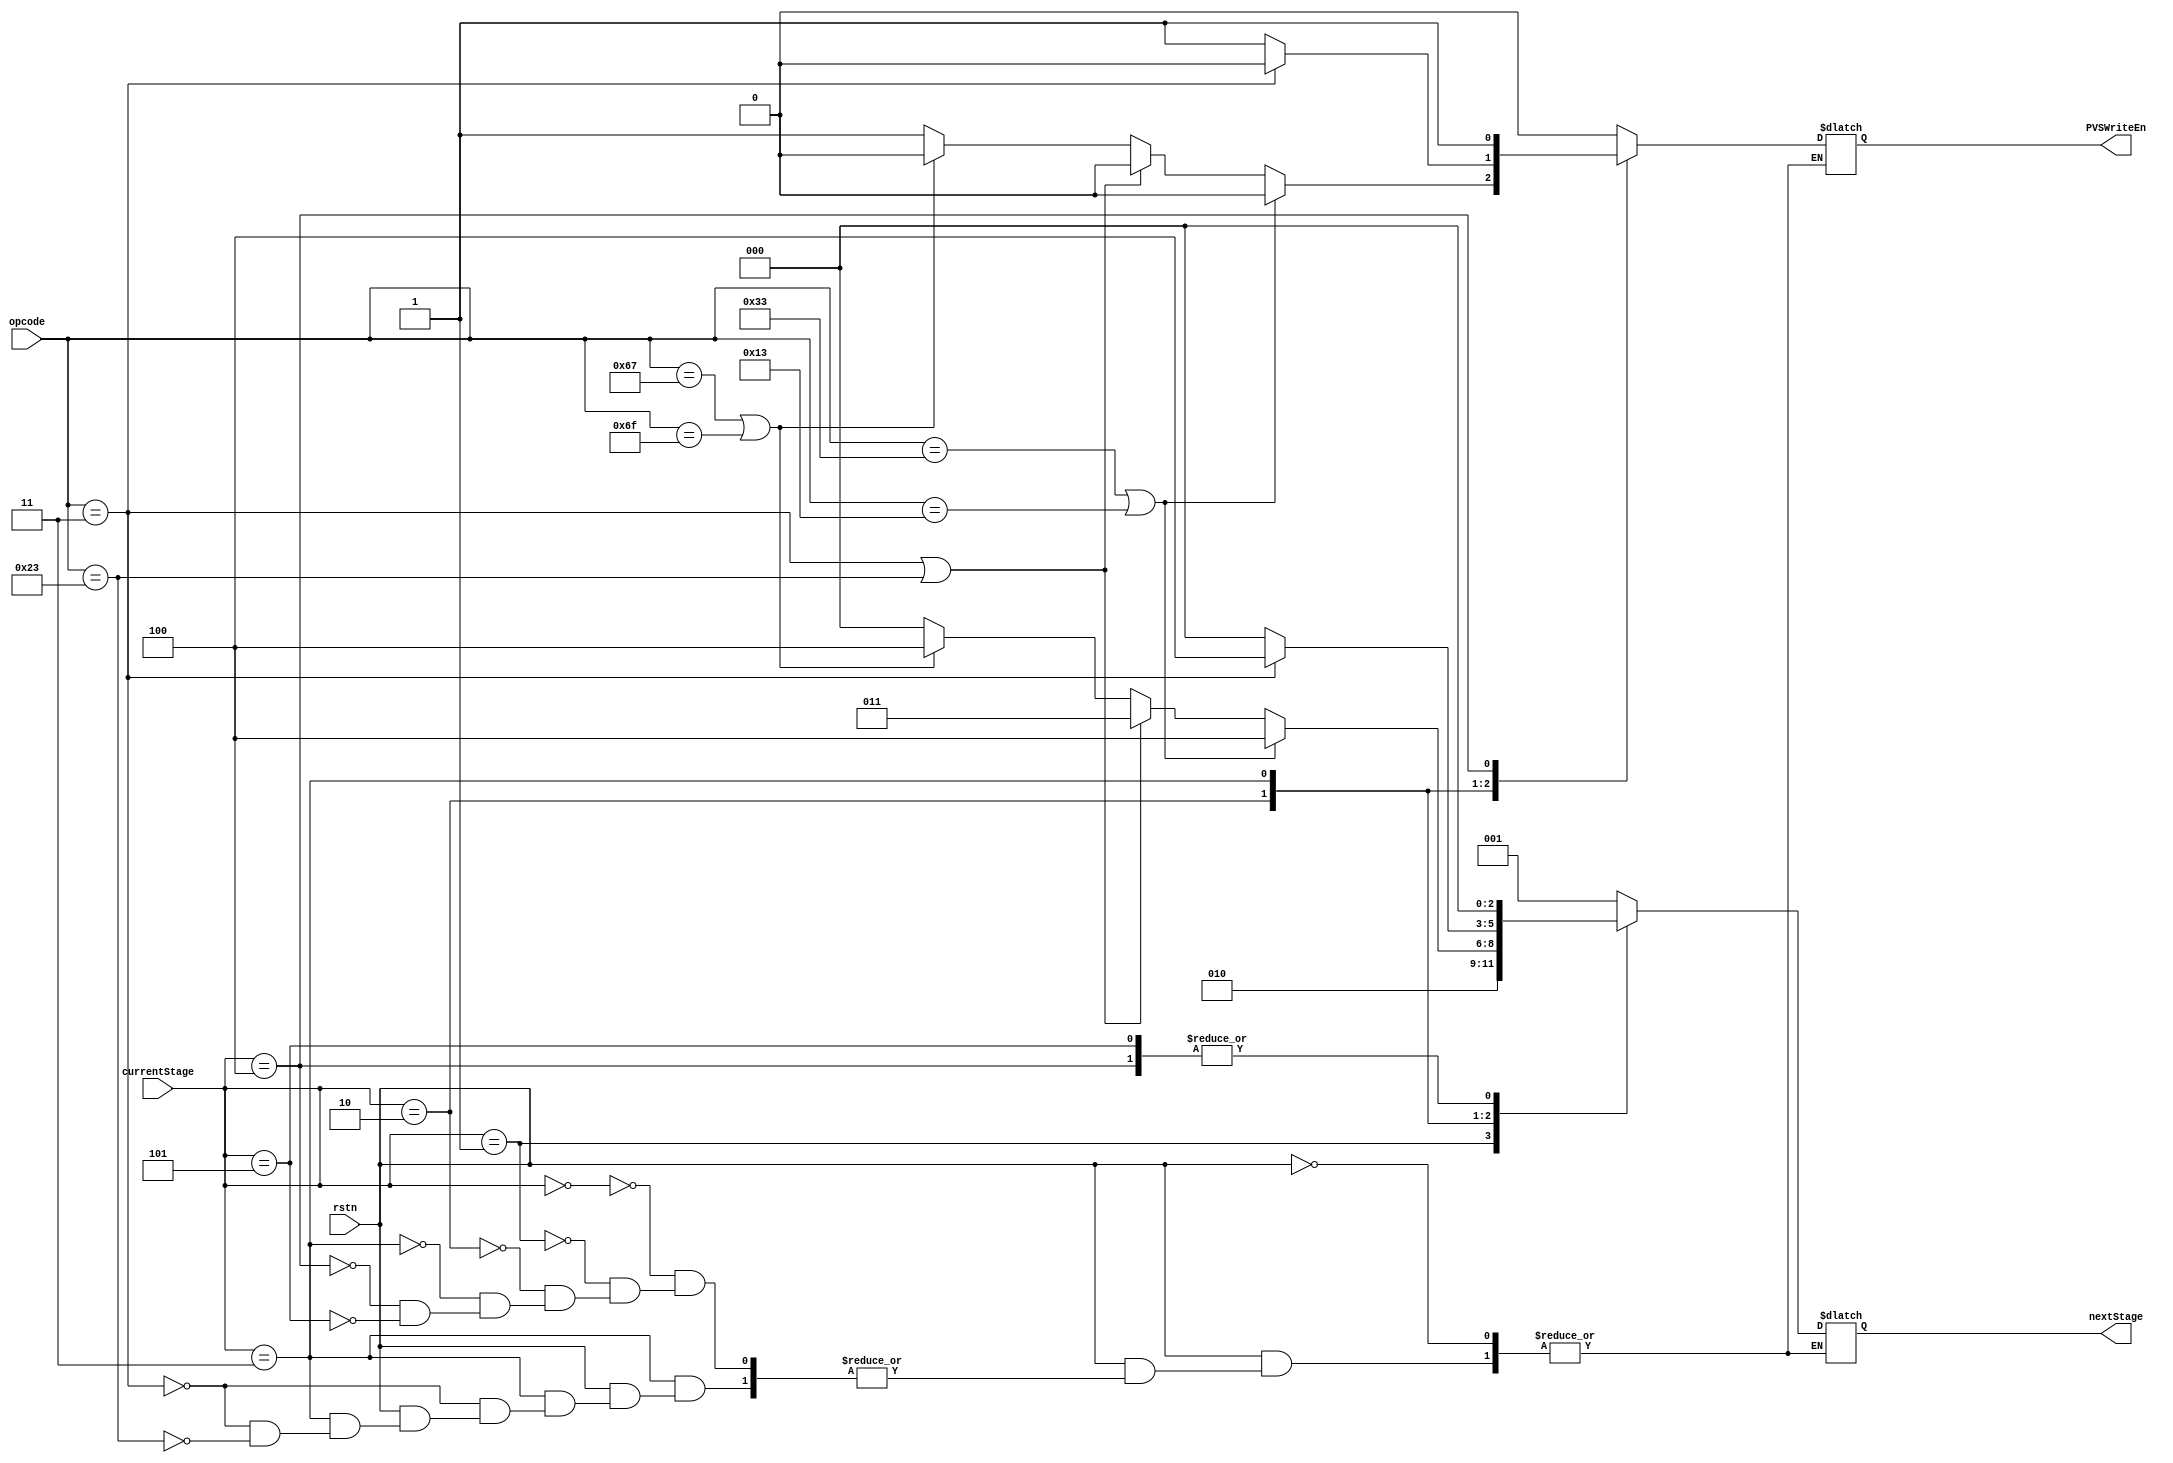
module STAGECTRL(
    input wire [2:0] currentStage,
    input wire [6:0] opcode,
    output wire [2:0] nextStage,
    output wire PVSWriteEn,
    input wire rstn
    );
//stage description
/*
0. IF
1. ID
2. EX
3. MEM
4. WB
*/
reg allowPVS;
reg [2:0] newStage;
assign PVSWriteEn = allowPVS;
assign nextStage = newStage;

always @ (*) begin
    //$display("current stage: ", currentStage, opcode);
    if(rstn)begin
    case(currentStage)
        3'b000: begin // IF
            newStage = 3'b001;
            allowPVS = 0;
        end
        3'b001: begin // ID
            newStage = 3'b010;
            allowPVS = 0;
        end
        3'b010: begin //EX
            if (opcode == 7'b0110011 | opcode == 7'b0010011) begin // OP(Rtype) and OPIMM(Itype)
                newStage = 3'b100; // goto WB
                allowPVS = 0;
            end
            else if (opcode == 7'b0000011 | opcode == 7'b0100011) begin // LW or SW 
                newStage = 3'b011; //goto MEM
                allowPVS = 0;
            end
            else if (opcode == 7'b1100111 | opcode == 7'b1101111) begin // JAL or JALR
                newStage = 3'b100;
                allowPVS = 0;
            end
            else begin // Branch or JAL
                newStage = 3'b000; // goto IF
                allowPVS = 1;
            end
        end
        3'b011: begin // MEM
            if(opcode == 7'b0000011) begin // LW
                newStage = 3'b100;// goto WB
                allowPVS = 0;
            end
            else if(opcode == 7'b0100011) begin // SW
                newStage = 3'b000;
                allowPVS = 1;
            end
        end
        3'b100: begin // WB
            newStage = 3'b000;
            allowPVS = 1;
        end
        3'b101: begin
            newStage = 3'b000;
            allowPVS = 0;
        end
    endcase
    end
end

endmodule